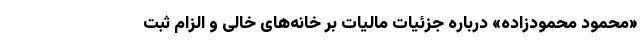
«محمود محمودزاده» درباره جزئیات مالیات بر خانه‌های خالی و الزام ثبت